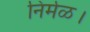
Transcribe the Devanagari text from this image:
निर्मळ।